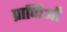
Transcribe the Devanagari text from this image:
प्राणिओं